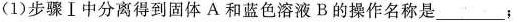
(1)步骤Ⅰ中分离得到固体A和蓝色溶液B的操作名称是___；